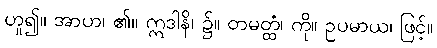
ဟူ၍။ အာဟ၊ ၏။ ဣဒါနိ၊ ၌။ တမတ္ထံ၊ ကို။ ဥပမာယ၊ ဖြင့်။